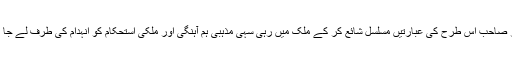
اور ایڈیٹر صاحب اس طرح کی عبارتیں مسلسل شائع کر کے ملک میں رہی سہی مذہبی ہم آہنگی اور ملکی استحکام کو انہدام کی طرف لے جا رہے ہیں۔